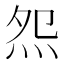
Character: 𤇘